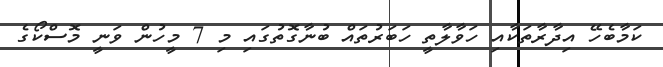
ކަމާބެހޭ އިދާރާތަކާއި ހަވާލާތީ ހަބަރުތައް ބުނާގޮތުގައި މި 7 މީހުން ވަނީ މޮސްކޯގެ